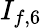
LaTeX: I_{f,6}